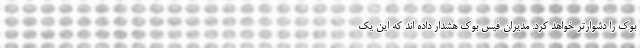
بوک را دشوارتر خواهد کرد. مدیران فیس بوک هشدار داده اند که این یک